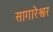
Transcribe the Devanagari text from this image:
सागारेश्वर